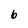
Character: 6